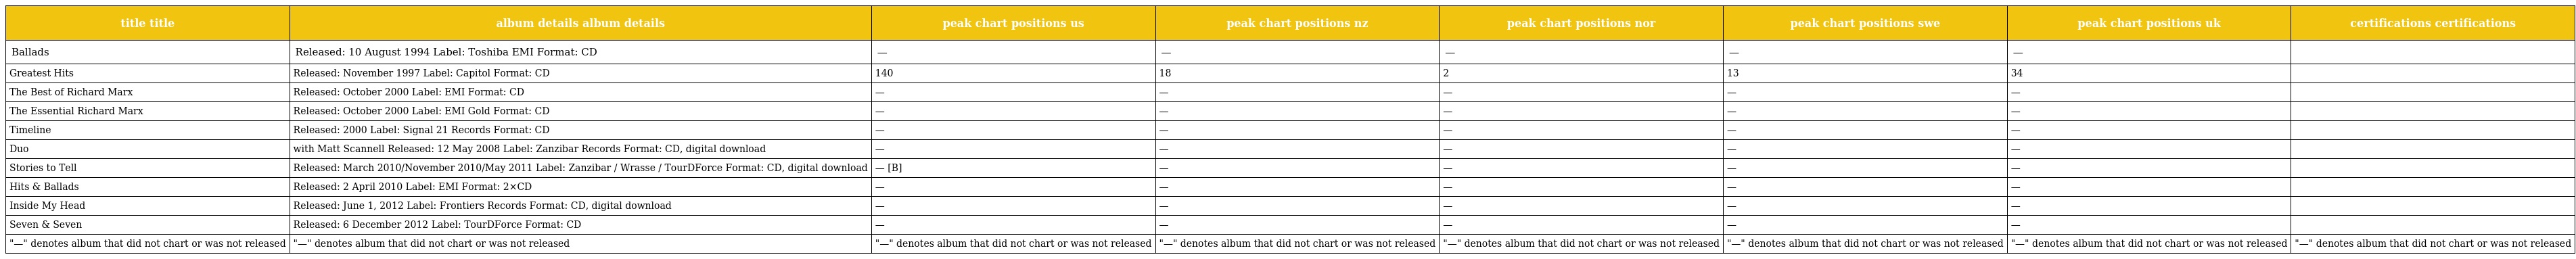
| title title | album details album details | peak chart positions us | peak chart positions nz | peak chart positions nor | peak chart positions swe | peak chart positions uk | certifications certifications |
 | --- | --- | --- | --- | --- | --- | --- | --- |
 | Ballads | Released: 10 August 1994 Label: Toshiba EMI Format: CD | — | — | — | — | — |  |
 | Greatest Hits | Released: November 1997 Label: Capitol Format: CD | 140 | 18 | 2 | 13 | 34 |  |
 | The Best of Richard Marx | Released: October 2000 Label: EMI Format: CD | — | — | — | — | — |  |
 | The Essential Richard Marx | Released: October 2000 Label: EMI Gold Format: CD | — | — | — | — | — |  |
 | Timeline | Released: 2000 Label: Signal 21 Records Format: CD | — | — | — | — | — |  |
 | Duo | with Matt Scannell Released: 12 May 2008 Label: Zanzibar Records Format: CD, digital download | — | — | — | — | — |  |
 | Stories to Tell | Released: March 2010/November 2010/May 2011 Label: Zanzibar / Wrasse / TourDForce Format: CD, digital download | — [B] | — | — | — | — |  |
 | Hits & Ballads | Released: 2 April 2010 Label: EMI Format: 2×CD | — | — | — | — | — |  |
 | Inside My Head | Released: June 1, 2012 Label: Frontiers Records Format: CD, digital download | — | — | — | — | — |  |
 | Seven & Seven | Released: 6 December 2012 Label: TourDForce Format: CD | — | — | — | — | — |  |
 | "—" denotes album that did not chart or was not released | "—" denotes album that did not chart or was not released | "—" denotes album that did not chart or was not released | "—" denotes album that did not chart or was not released | "—" denotes album that did not chart or was not released | "—" denotes album that did not chart or was not released | "—" denotes album that did not chart or was not released | "—" denotes album that did not chart or was not released |